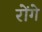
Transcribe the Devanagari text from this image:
रोंगे